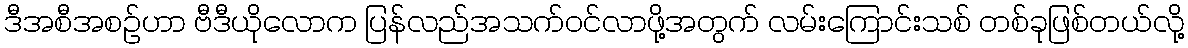
ဒီအစီအစဉ်ဟာ ဗီဒီယိုလောက ပြန်လည်အသက်ဝင်လာဖို့အတွက် လမ်းကြောင်းသစ် တစ်ခုဖြစ်တယ်လို့